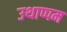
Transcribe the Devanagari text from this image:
उथाप्पम